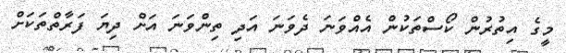
މީގެ އިތުރުން ކޯސްތަކުން އެއްވަނަ ދެވަނަ އަދި ތިންވަނަ އަށް ދިޔަ ފަރާތްތަކަށް